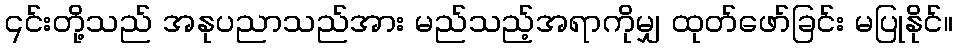
၎င်းတို့သည် အနုပညာသည်အား မည်သည့်အရာကိုမျှ ထုတ်ဖော်ခြင်း မပြုနိုင်။